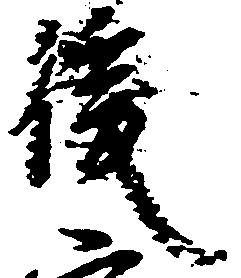
後